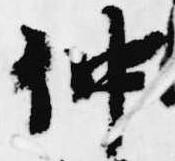
仲